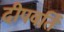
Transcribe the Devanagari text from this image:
दीपवर्ति